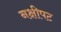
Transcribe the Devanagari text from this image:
नक्षीपट